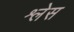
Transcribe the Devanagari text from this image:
श्लेस